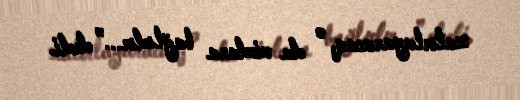
xatırlayaracaq, o da vicdana bağlıdır...” dedi.